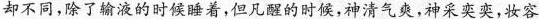
却不同，除了输液的时候睡着，但凡醒的时候，神清气爽，神采奕奕，妆容